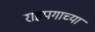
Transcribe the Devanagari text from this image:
राहपगाच्या